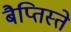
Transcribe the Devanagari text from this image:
बैप्तिस्ते